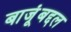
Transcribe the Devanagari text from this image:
बाजूंबद्दल